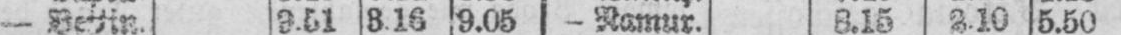
5.50